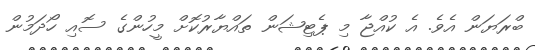
ބްރަޔަން އެވެ. އެ ކުއްޖާ މި ޕެޓިޝަން ތައްޔާރުކޮށް މީހުންގެ ސޮއި ހޯދަމުން